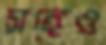
সঙ্গেও